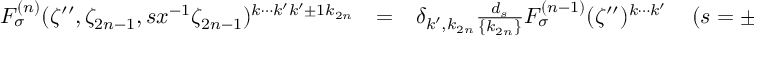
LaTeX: \begin{array} { r c l } { { F _ { \sigma } ^ { ( n ) } ( \zeta ^ { \prime \prime } , \zeta _ { 2 n - 1 } , s x ^ { - 1 } \zeta _ { 2 n - 1 } ) ^ { k \cdots k ^ { \prime } k ^ { \prime } \pm 1 k _ { 2 n } } } } & { { = } } & { { \delta _ { k ^ { \prime } , k _ { 2 n } } \frac { d _ { s } } { \{ k _ { 2 n } \} } F _ { \sigma } ^ { ( n - 1 ) } ( \zeta ^ { \prime \prime } ) ^ { k \cdots k ^ { \prime } } \; \; \; \; ( s = \pm ) , } } \end{array}